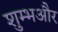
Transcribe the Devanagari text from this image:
शुम्भऔर